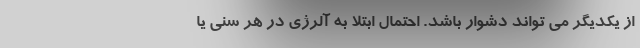
از یکدیگر می تواند دشوار باشد. احتمال ابتلا به آلرژی در هر سنی یا